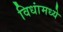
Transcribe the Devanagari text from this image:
विधांमध्ये